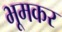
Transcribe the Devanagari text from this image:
भूमकर